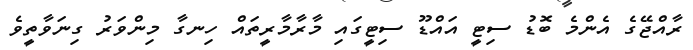
ރާއްޖޭގެ އެންމެ ބޮޑު ސިޓީ އައްޑޫ ސިޓީގައި މާރާމާރީތައް ހިނގާ މިންވަރު ގިނަވާތީވެ